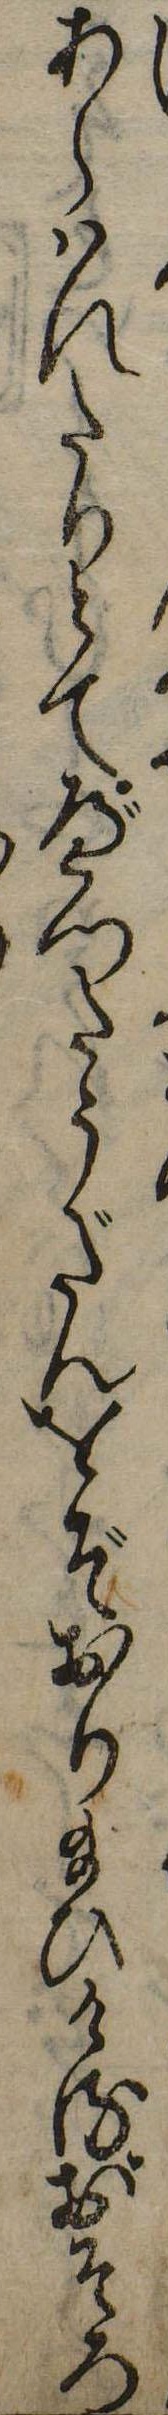
あらはれたりとてべつたうだんをぞおり給ひけるおそろ